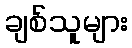
ချစ်သူများ